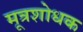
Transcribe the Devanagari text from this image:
मूत्रशोधक